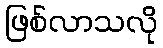
ဖြစ်လာသလို